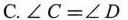
C.$$\angle C=\angle D$$